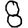
Digit: 8